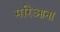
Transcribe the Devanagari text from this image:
मरिआना